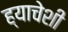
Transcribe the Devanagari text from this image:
ह्याचेशी